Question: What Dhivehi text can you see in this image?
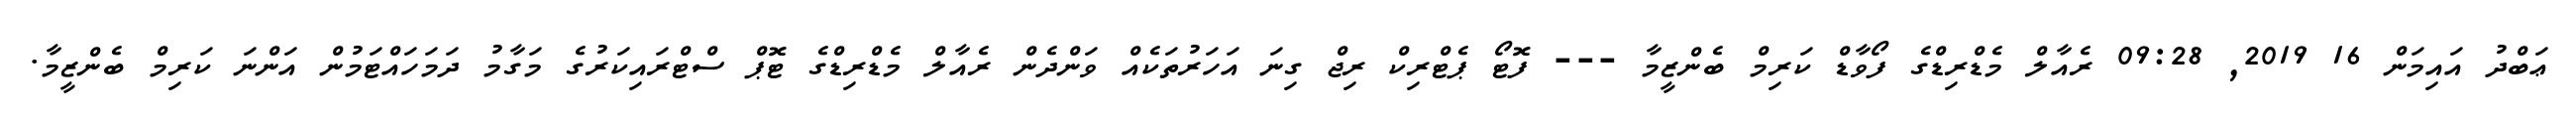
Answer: ޢަބްދު އައިމަން 16 2019, 09:28 ރެއާލް މެޑްރިޑްގެ ފޯވާޑް ކަރިމް ބެންޒީމާ --- ފޮޓޯ ޕެޓްރިކް ރިޖް ގިނަ އަހަރުތަކެއް ވަންދެން ރެއާލް މެޑްރިޑްގެ ޓޮޕް ސްޓްރައިކަރުގެ މަގާމު ދަމަހައްޓަމުން އަންނަ ކަރިމް ބެންޒީމާ.